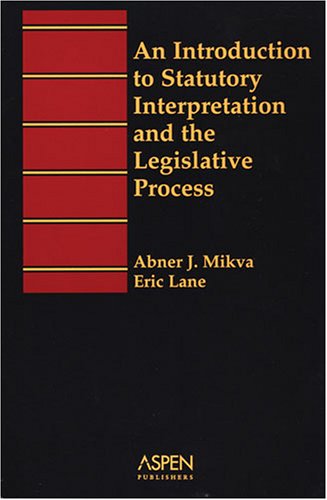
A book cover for An Introduction To Statutory Interpretation and the Legislative Process (Introduction to Law Series); Abner J. Mikva; Law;